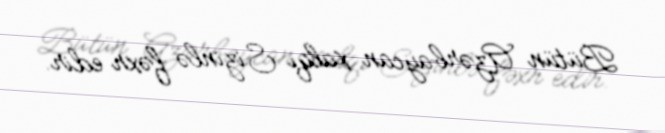
Bütün Azərbaycan xalqı Sizinlə fəxr edir.